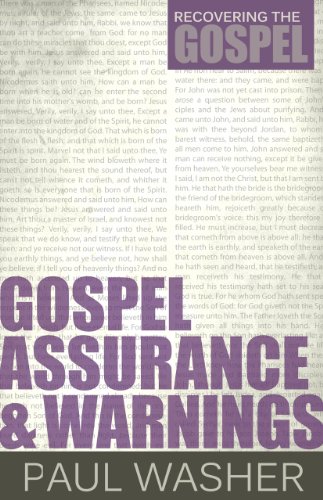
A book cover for Gospel Assurance and Warnings (Recovering the Gospel); Paul Washer; Christian Books & Bibles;